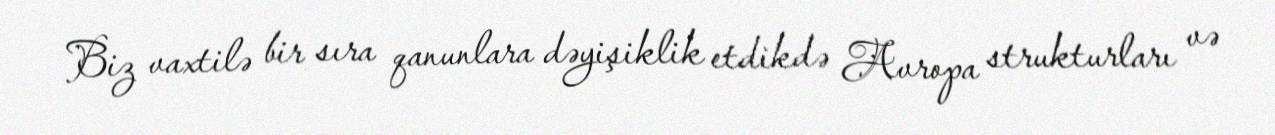
Biz vaxtilə bir sıra qanunlara dəyişiklik etdikdə Avropa strukturları və